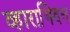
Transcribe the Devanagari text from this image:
व्हाराझ्दिन